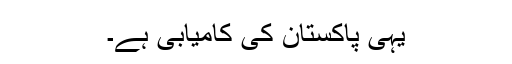
یہی پاکستان کی کامیابی ہے۔